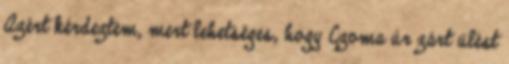
Azért kérdeztem, mert lehetséges, hogy Czoma úr zárt ülést